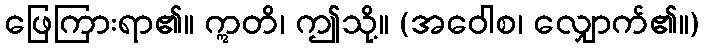
ဖြေကြားရာ၏။ ဣတိ၊ ဤသို့။ (အဝေါစ၊ လျှောက်၏။)